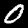
Digit: 0